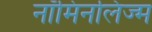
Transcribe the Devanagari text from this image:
नॉमिनलिज्म